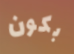
بكون